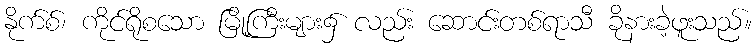
နိုက်စ်၊ ကိုင်ရိုစသော မြို့ကြီးများ၌ လည်း ဆောင်းတစ်ရာသီ ခိုနားခဲ့ဖူးသည်။